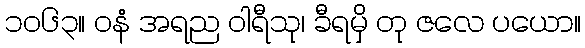
၁၀၆၃။ ဝနံ အရည ဝါရီသု၊ ခီရမှိ တု ဇလေ ပယော။